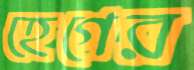
হেগের